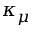
\kappa _ { \mu }